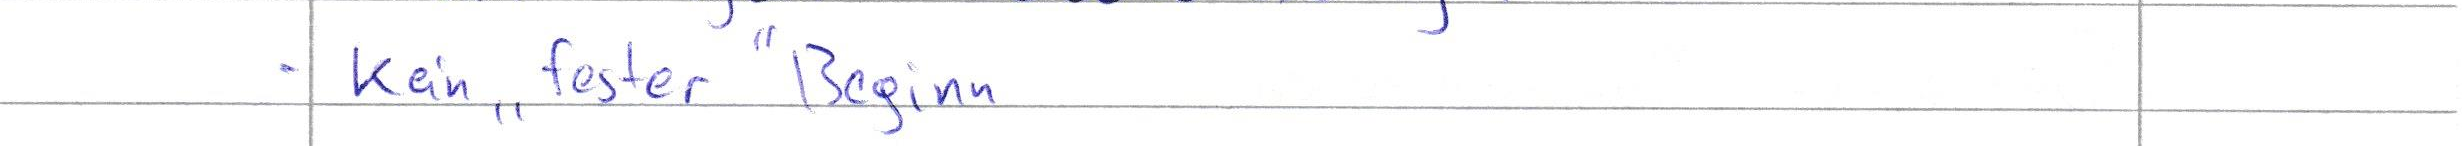
- kein "fester" Beginn